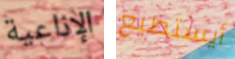
الإذاعية أيستطيع